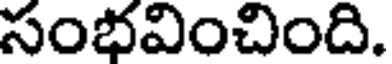
సంభవించింది.